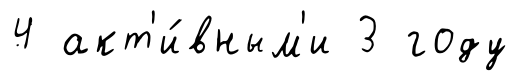
4 акт'и́вным'и 3 году